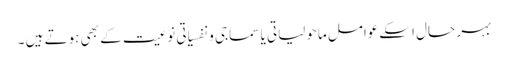
بہر حال اسکےعوامل ماحولیاتی یا سماجی و نفسیاتی نوعیت کے بھی ہوتے ہیں ۔